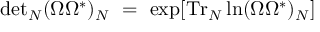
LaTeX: \mathrm { d e t } _ { N } ( \Omega \Omega ^ { * } ) _ { N } \ = \ \exp [ \mathrm { T r } _ { N } \ln ( \Omega \Omega ^ { * } ) _ { N } ]